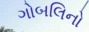
ગોબલિનો